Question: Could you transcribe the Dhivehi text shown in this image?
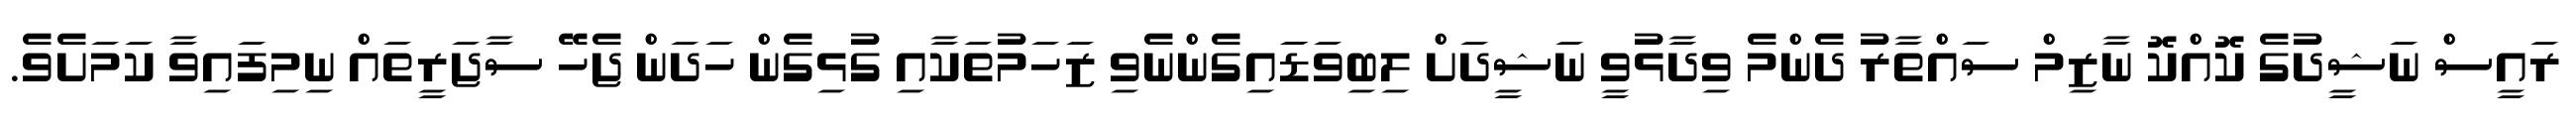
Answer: ރައީސް ނަޝީދުގެ ކޮއްކޮ ނާޒިމް ސައްތާރު ދެންމެ ވިދާޅުވީ ނަޝީދަށް ލިބިވަޑަައިގެންނެވި ޒަހަމުތަކާއި ގުޅިގެން ހަދަން ޖެހޭ ސާޖަރީތައް ނިމިފައިވާ ކަމަށެވެ.